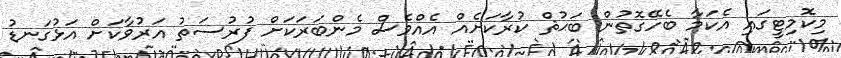
މިކޮމިޓީގައި އެކަމާ ބެހޭގޮތުން ބަޙުޘް ކުރާކަށެއް އެއްވެސް މެންބަރަކަށް ފުރުސަތު އަރުވާކަށް އަޅުގަނޑު